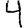
Digit: 4